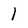
Character: 1